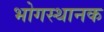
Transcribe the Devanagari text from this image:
भोगस्थानक